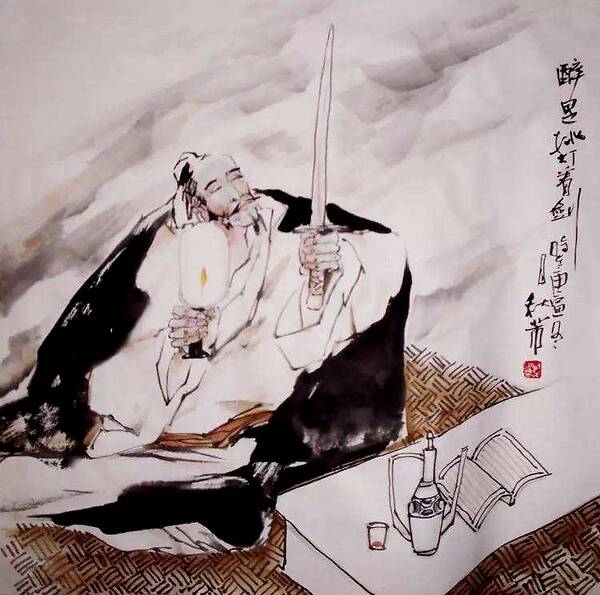
梦绕神州路。